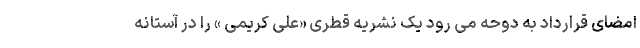
امضای قرارداد به دوحه می رود یک نشریه قطری «علی کریمی »‌ را در آستانه